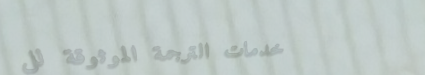
خدمات الترجمة الموثوقة لل